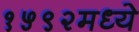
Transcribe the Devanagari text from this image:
१५९२मध्ये